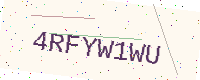
Text: 4RFYW1WU